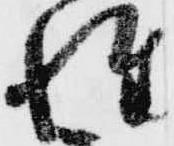
姓